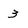
Character: 3